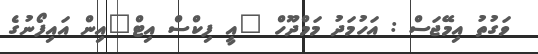
ވަގުތު އިމޭޖަސް : އަހުމަދު މަމްދޫހް "އީ ފިކްސް އިޓް"އިން އައިފޯނުގެ